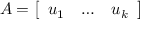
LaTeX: A = { \left[ \begin{array} { l l l } { u _ { 1 } } & { \ldots } & { u _ { k } } \end{array} \right] }